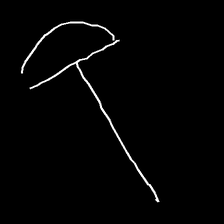
Glyph: dispersion